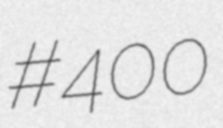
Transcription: #400